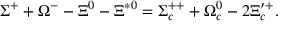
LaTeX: \Sigma ^ { + } + \Omega ^ { - } - \Xi ^ { 0 } - \Xi ^ { * 0 } = \Sigma _ { c } ^ { + + } + \Omega _ { c } ^ { 0 } - 2 \Xi _ { c } ^ { \prime + } .